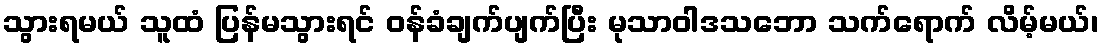
သွားရမယ် သူထံ ပြန်မသွားရင် ဝန်ခံချက်ပျက်ပြီး မုသာဝါဒသဘော သက်ရောက် လိမ့်မယ်၊